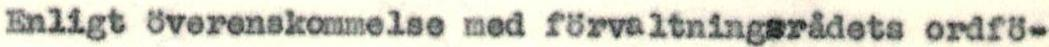
Enligt överenskommelse med förvaltningsrådets ordfö-